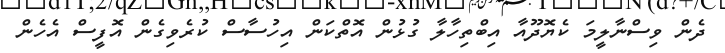
ދެން ވިސްނާލީމަ ކެޔޮދޫއާ އިބްތިހާލާ ގުޅުން އޮތްކަން އިހުސާސް ކުރެވިގެން އޮފީސް އެހެން